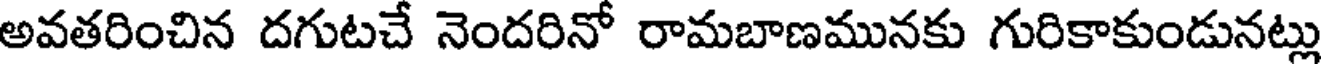
అవతరించిన దగుటచే నెందరినో రామబాణమునకు గురికాకుండునట్లు